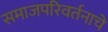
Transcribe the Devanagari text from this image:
समाजपरिवर्तनाचे